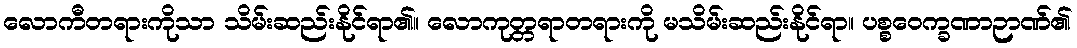
လောကီတရားကိုသာ သိမ်းဆည်းနိုင်ရာ၏။ လောကုတ္တရာတရားကို မသိမ်းဆည်းနိုင်ရာ။ ပစ္စဝေက္ခဏာဉာဏ်၏